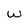
Character: w